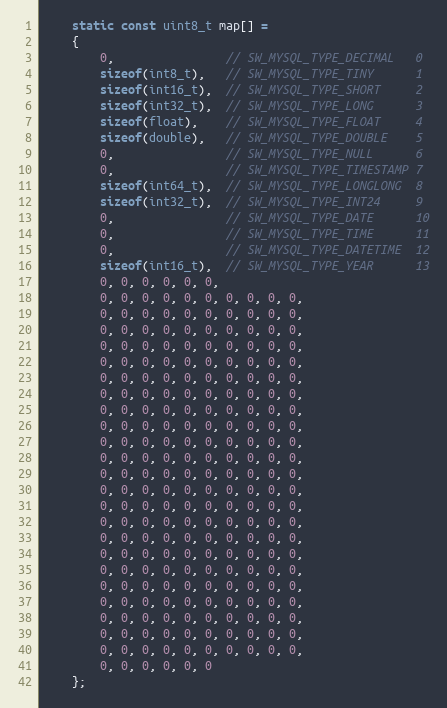
Language: C++
    static const uint8_t map[] =
    {
        0,                // SW_MYSQL_TYPE_DECIMAL   0
        sizeof(int8_t),   // SW_MYSQL_TYPE_TINY      1
        sizeof(int16_t),  // SW_MYSQL_TYPE_SHORT     2
        sizeof(int32_t),  // SW_MYSQL_TYPE_LONG      3
        sizeof(float),    // SW_MYSQL_TYPE_FLOAT     4
        sizeof(double),   // SW_MYSQL_TYPE_DOUBLE    5
        0,                // SW_MYSQL_TYPE_NULL      6
        0,                // SW_MYSQL_TYPE_TIMESTAMP 7
        sizeof(int64_t),  // SW_MYSQL_TYPE_LONGLONG  8
        sizeof(int32_t),  // SW_MYSQL_TYPE_INT24     9
        0,                // SW_MYSQL_TYPE_DATE      10
        0,                // SW_MYSQL_TYPE_TIME      11
        0,                // SW_MYSQL_TYPE_DATETIME  12
        sizeof(int16_t),  // SW_MYSQL_TYPE_YEAR      13
        0, 0, 0, 0, 0, 0,
        0, 0, 0, 0, 0, 0, 0, 0, 0, 0,
        0, 0, 0, 0, 0, 0, 0, 0, 0, 0,
        0, 0, 0, 0, 0, 0, 0, 0, 0, 0,
        0, 0, 0, 0, 0, 0, 0, 0, 0, 0,
        0, 0, 0, 0, 0, 0, 0, 0, 0, 0,
        0, 0, 0, 0, 0, 0, 0, 0, 0, 0,
        0, 0, 0, 0, 0, 0, 0, 0, 0, 0,
        0, 0, 0, 0, 0, 0, 0, 0, 0, 0,
        0, 0, 0, 0, 0, 0, 0, 0, 0, 0,
        0, 0, 0, 0, 0, 0, 0, 0, 0, 0,
        0, 0, 0, 0, 0, 0, 0, 0, 0, 0,
        0, 0, 0, 0, 0, 0, 0, 0, 0, 0,
        0, 0, 0, 0, 0, 0, 0, 0, 0, 0,
        0, 0, 0, 0, 0, 0, 0, 0, 0, 0,
        0, 0, 0, 0, 0, 0, 0, 0, 0, 0,
        0, 0, 0, 0, 0, 0, 0, 0, 0, 0,
        0, 0, 0, 0, 0, 0, 0, 0, 0, 0,
        0, 0, 0, 0, 0, 0, 0, 0, 0, 0,
        0, 0, 0, 0, 0, 0, 0, 0, 0, 0,
        0, 0, 0, 0, 0, 0, 0, 0, 0, 0,
        0, 0, 0, 0, 0, 0, 0, 0, 0, 0,
        0, 0, 0, 0, 0, 0, 0, 0, 0, 0,
        0, 0, 0, 0, 0, 0, 0, 0, 0, 0,
        0, 0, 0, 0, 0, 0
    };